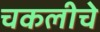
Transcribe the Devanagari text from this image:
चकलीचे